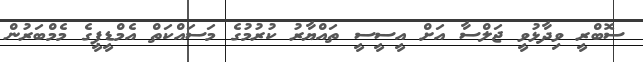
ސޮބްރީ ވިދާޅުވީ ޖަލްސާ އަށް އީސީސީ ތައްޔާރު ކުރުމުގެ މަސައްކަތް އެމްޑީޕީގެ މެމްބަރުން